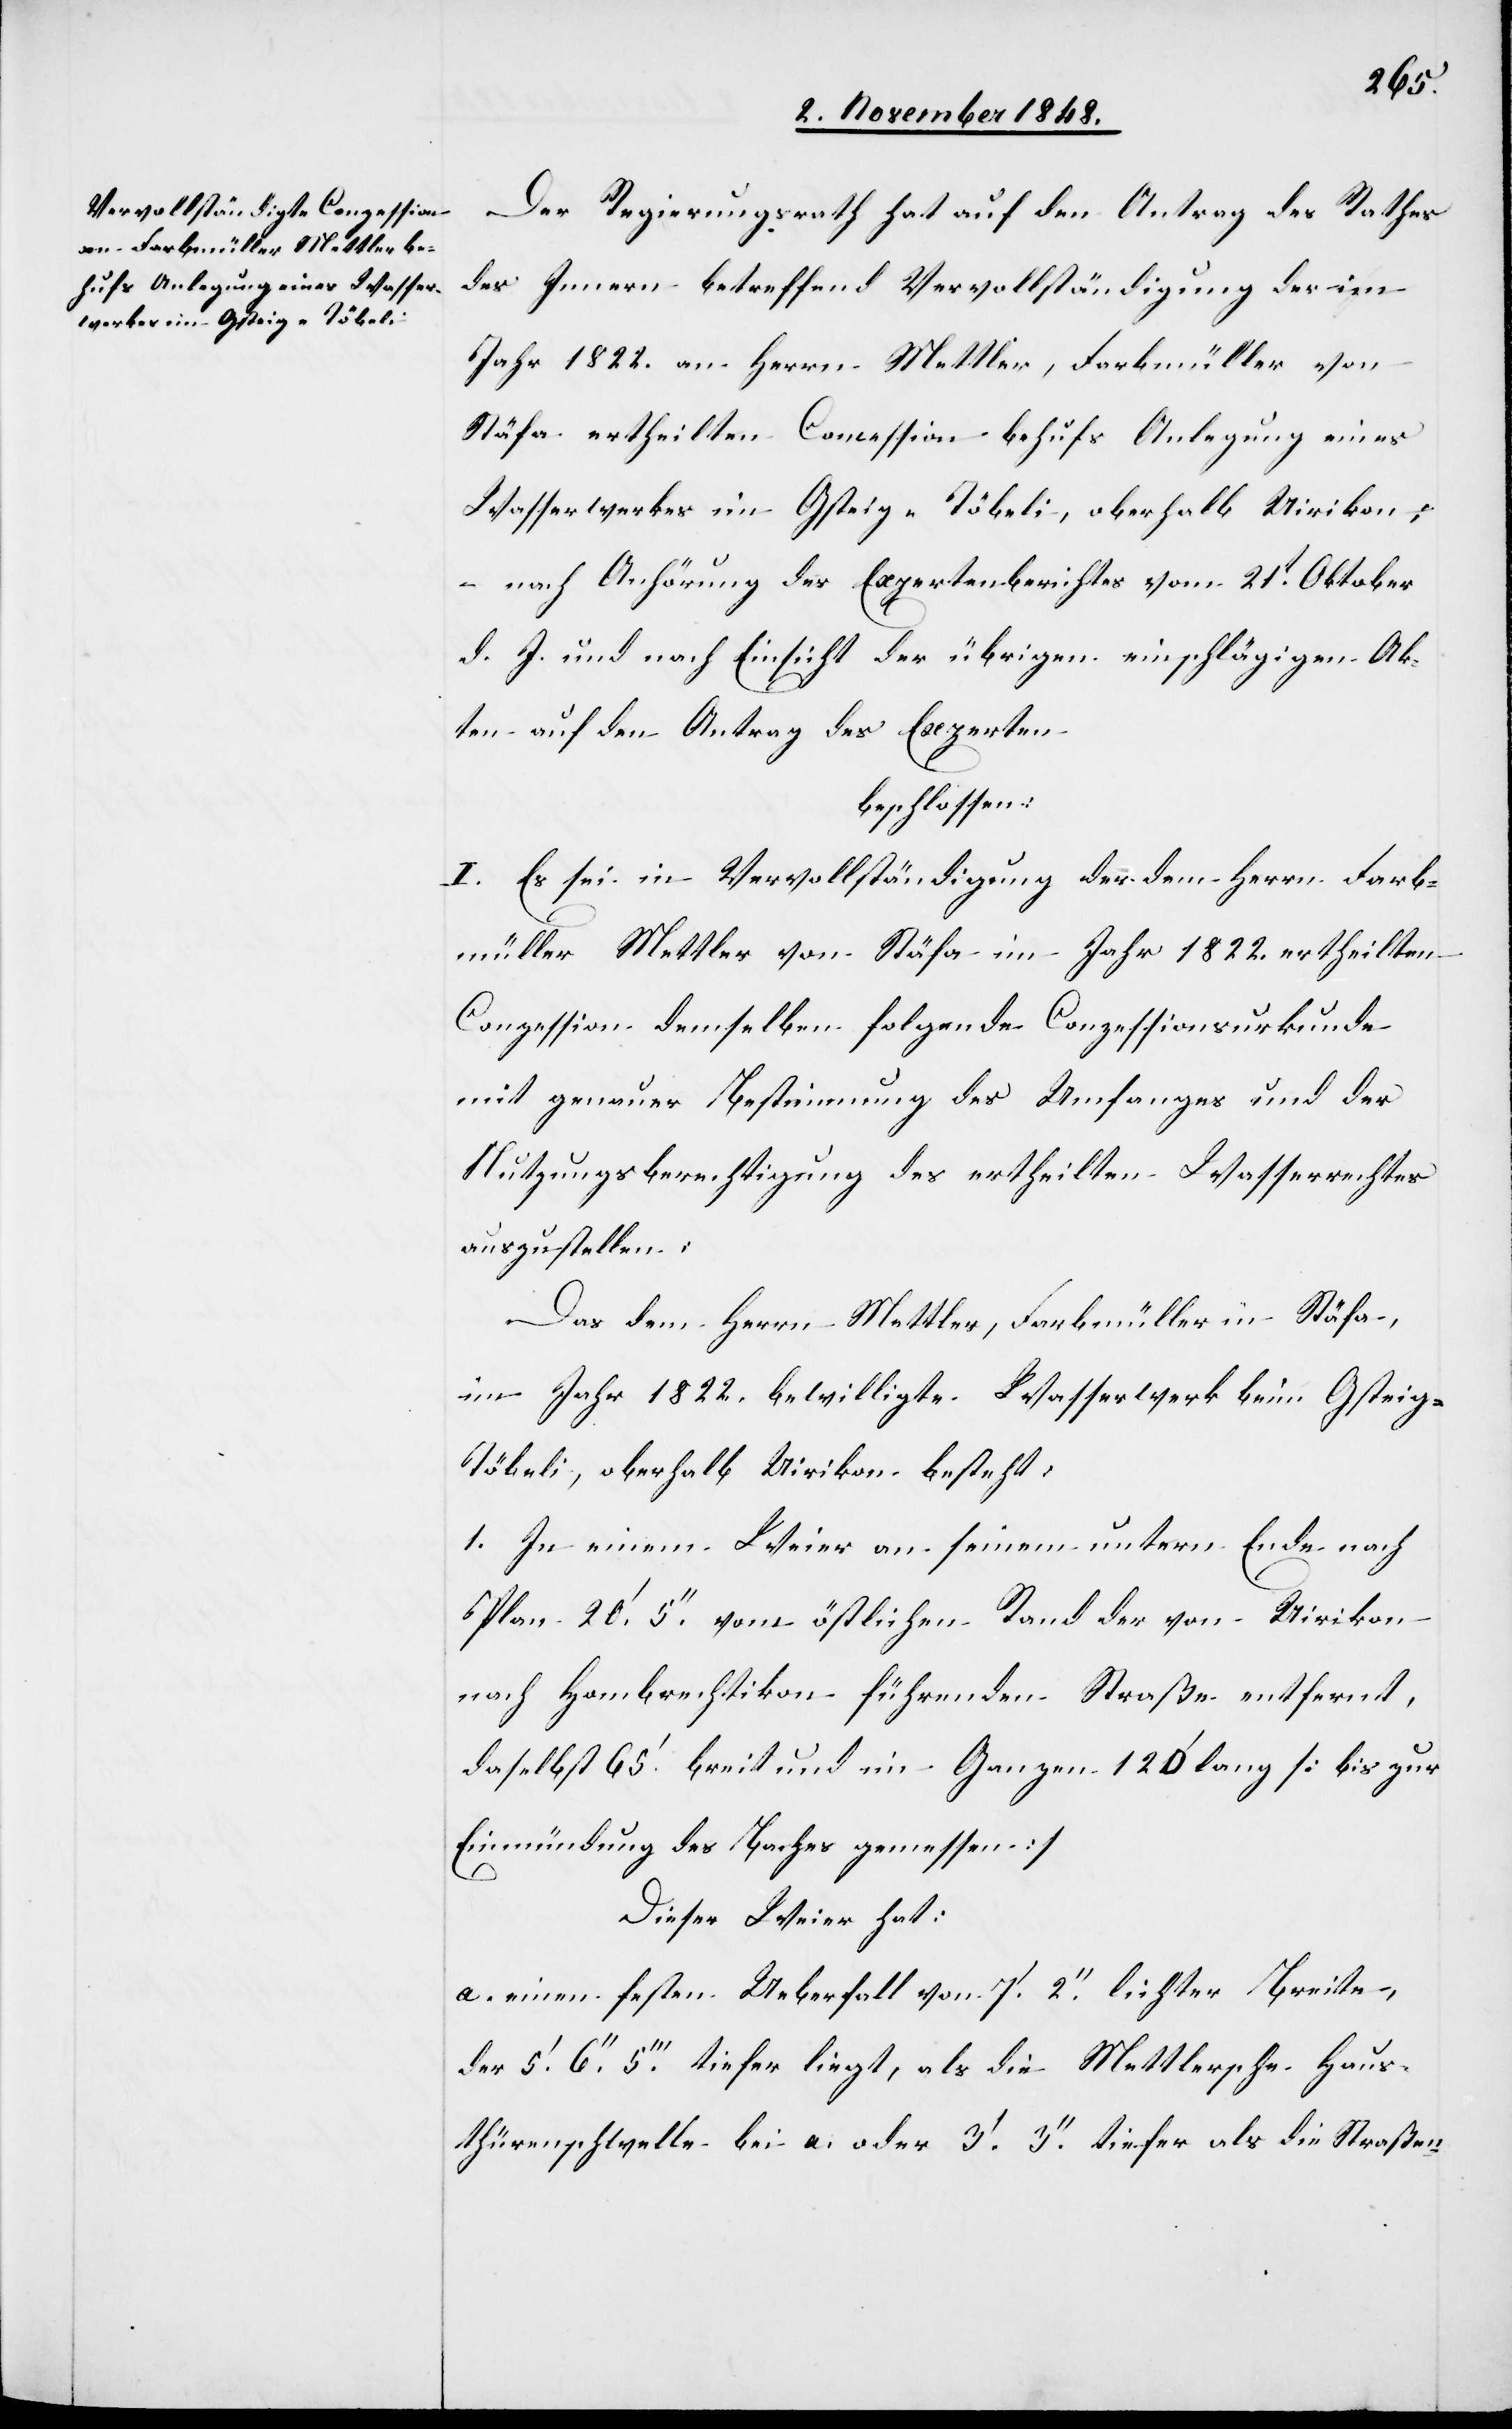
Der Regierungsrath hat auf den Antrag des Rathes
des Innern betreffend Vervollständigung der im
Jahr 1822. an Herrn Mettler, Farbmüller von
Stäfa ertheilten Concession behufs Anlegung eines
Wasserwerkes im Gsteig-Töbeli, oberhalb Uirikon:
nach Anhörung des Expertenberichtes vom 21t Oktober
d. J. und nach Einsicht der übrigen einschlägigen Ak¬
ten auf den Antrag des Experten
beschlossen:
I. Es sei in Vervollständigung der dem Herrn Farb¬
müller Mettler von Stäfa im Jahr 1822. ertheilten
Conzession demselben folgende Conzessionsurkunde
mit genauer Bestimmung des Umfanges und der
Nutzungsberechtigung des ertheilten Wasserrechtes
auszustellen.
Das dem Herrn Mettler, Farbmüller in Stäfa,
im Jahr 1822. bewilligte Wasserwerk beim Gsteig-T¬
öbeli, oberhalb Uirikon besteht:
1. In einem Weier an seinem unterm Ende nach
Plan 20.’ 5.’’ vom östlichen Rand der von Uirikon
nach Hombrechtikon führenden Straße entfernt,
daselbst 65.’ breit und im Ganzen 120’ lang [bis zur
Einmündung des Baches gemessen]
Dieser Weier hat:
a. einen festen Ueberfall von 7.’ 2.’’ lichter Breite,
der 5.’ 6.’’ 5.’’’ tiefer liegt, als die Mettlersche Haus¬
thürenschwelle bei a. oder 3.’ 3.’’ tiefer als Straßen-